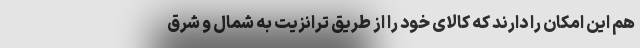
هم این امکان را دارند که کالای خود را از طریق ترانزیت به شمال و شرق